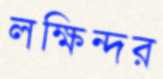
লক্ষিন্দর